Report on sanitation, dispensaries, and jails in Rajputana for 1913, and on vaccination for the year 1913-1914 - 1913-1914
Year: 1913
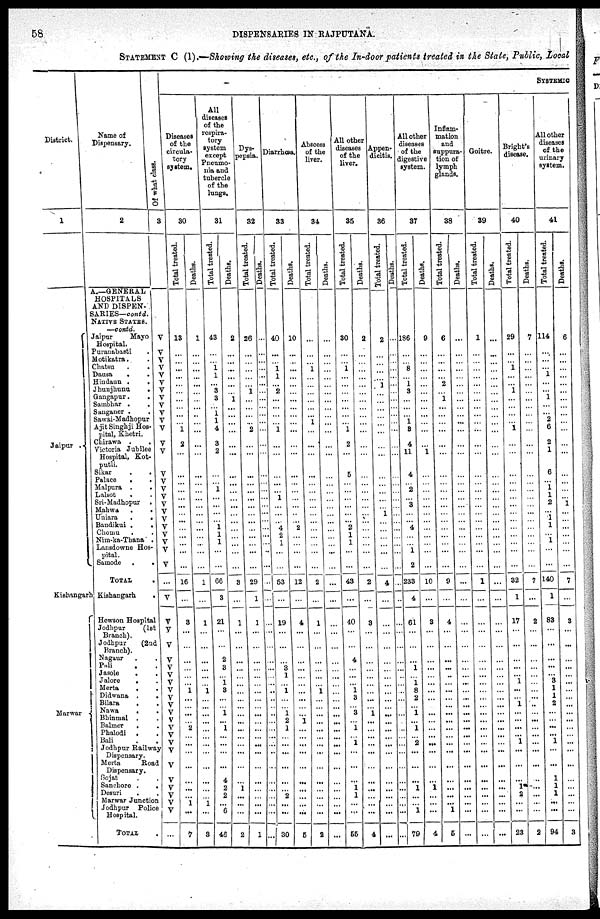
58
DISPENSARIES IN RAJPUTANA.
STATEMENT C (1).—Showing the diseases, etc., of the In-door patients treated in the State, Public, Local
District.
1
Jaipur
Kishangarh
Marwar
Name of
Dispensary.
2
A.—GENERAL
HOSPITALS
AND DISPEN-
SARIES—contd.
NATIVE STATES.
—contd.
Jaipur
Mayo
Hospital.
Puranabasti .
Motikatra. .
Chatsu
.
.
Dausa
. .
Hindaun .
.
Jhunjhunu
.
Gangapur.
.
Sambhar .
.
Sanganer .
.
Sawai-Madhopur
Ajit Singhji Hos-
pital, Khetri.
Chirawa . .
Victoria Jubilee
Hospital, Kot¬
putli.
Sikar . .
Palace
.
.
Malpura . .
Lalsot
. .
Sri-Modhopur .
Mahwa
.
.
Uniara
.
.
Bandikui .
.
Chomu . .
Nim-ka-Thana .
Lonsdowne Hos-
pital.
Samode .
.
TOTAL .
Kishangarh
.
Hewson Hospital
Jodhpur
(1st
Branch).
Jodhpur
(2nd
Branch).
Nagaur . .
Pali . .
Jasole . .
Jalore
. .
Merta . .
Didwana .
.
Bilara
. .
Nawa
.
.
Bhinmal . .
Balmer
. .
Phalodi . .
Bali . .
Jodhpur Railway
Dispensary.
Merta
Road
Dispensary.
Sojat . .
Sanchore .
.
Desuri
. .
Marwar Junction
Jodhpur Police
Hospital.
TOTAL .
Of what class.
3
V
V
V
V
V
V
V
V
V
V
V
V
V
V
V
V
V
V
V
V
V
V
V
V
V
V
...
V
V
V
V
V
V
V
V
V
V
V V
V
V
V
V
V
V
V
V
V
V
V
...
SYSTEMIC
Diseases
of the
circula-
tory
system.
30
Total treated.
13
...
...
...
...
...
...
...
...
...
...
1
2
...
...
...
...
...
...
...
...
...
...
...
...
...
16
...
3
...
...
...
...
...
...
1
...
...
...
...
2
...
...
...
...
...
...
...
...
...
7
Deaths.
1
...
...
...
...
...
...
...
...
...
...
...
...
...
...
...
...
...
...
...
...
...
...
...
...
...
1
...
1
...
...
...
...
...
...
1
...
...
...
...
...
...
...
...
...
...
...
...
1
...
3
All
diseases
of the
respira-
tory
system
except
Pneumo-
nia and
tubercle
of the
lungs.
31
Total treated.
43
...
...
1
1
...
3
3
...
1
1
4
3
2
...
...
1
...
...
...
...
1
1
1
...
...
66
3
21
...
...
2
3
...
1
3
...
...
... 1
1
...
...
...
...
4
2
2
...
6
46
Deaths.
2
...
...
...
...
...
...
1
...
...
...
...
...
...
...
...
...
...
...
...
...
...
...
...
...
...
3
...
1
...
...
...
...
...
...
...
...
...
...
...
...
...
...
...
...
...
1
...
...
...
2
Dys-
pepsia.
32
Total treated.
26
...
...
...
...
...
1
...
...
...
...
2
...
...
...
...
...
...
...
...
...
...
...
...
...
...
29
1
1
...
...
...
...
...
...
...
...
...
...
...
...
...
...
...
...
...
...
...
...
...
1
Deaths.
...
...
...
...
...
...
...
...
...
...
...
...
...
...
...
...
...
...
...
...
...
...
...
...
...
...
...
...
...
...
...
...
...
...
...
...
...
...
...
...
...
...
...
...
...
...
...
...
...
...
...
Diarrhœa.
33
Total treated.
40
...
...
1
1
...
2
...
...
...
...
1
...
...
...
...
...
1 ...
...
...
4
2
1
...
...
53
...
19
...
...
...
3
1
...
1
...
...
... 1
2
1
...
...
...
...
...
2
...
...
30
Deaths.
10
...
...
...
...
...
...
...
...
...
...
...
...
...
...
...
...
...
...
...
...
...
2
...
...
...
12
...
4
...
...
...
...
...
...
...
...
...
...
...
1
...
...
...
...
...
...
...
...
...
5
Abscess
of the
liver.
34
Total treated.
...
...
...
1
...
...
...
...
...
...
...
...
...
...
...
...
...
...
...
...
...
...
...
...
...
...
2
...
1
...
...
...
...
...
...
1
...
...
...
...
...
...
...
...
...
...
...
...
...
...
2
Deaths.
...
...
...
...
...
...
...
...
...
...
...
...
...
...
...
...
...
...
...
...
...
...
...
...
...
...
...
...
...
...
...
...
...
...
...
...
...
...
...
...
...
...
...
...
...
...
...
...
...
...
...
All other
diseases
of the
liver.
35
Total treated.
30
...
...
1
...
...
...
...
...
...
...
1
2
...
5
...
...
...
...
...
...
...
2
1
...
...
43
...
40
...
...
4
...
...
...
1
3
...
3
...
1
...
1
...
...
...
1
1
...
...
55
Deaths.
2
...
...
...
...
...
...
...
...
...
...
...
...
...
...
...
...
...
...
...
...
...
...
...
...
...
2
...
3
...
...
...
...
...
...
...
...
...
1
...
...
...
...
...
...
...
...
...
...
...
4
Appen-
dicitis.
36
Total treated.
2
...
...
...
...
....
1
...
...
...
...
...
...
...
...
...
...
...
...
...
1
...
...
...
...
...
4
...
...
...
...
...
...
...
...
...
...
...
...
...
...
...
...
...
...
...
...
...
...
...
...
Deaths.
...
...
...
...
...
...
...
...
...
...
...
...
...
...
...
...
...
...
...
...
...
...
...
...
...
...
...
...
...
...
...
...
...
...
...
...
...
...
...
...
...
...
...
...
...
...
...
...
...
...
...
All other
diseases
of the
digestive
system.
37
Total treated.
136
...
...
8
...
... 1
3
...
...
...
3
4
11
4
...
...
...
...
3
...
...
4
...
1
2
233
4
61
...
...
...
...
...
1
...
1
8
2 ...
1
...
2
...
...
...
1
...
...
1
79
Deaths.
9
...
...
...
...
...
...
...
...
...
...
...
...
1
...
...
...
...
...
...
...
...
...
...
...
...
10
...
3
...
...
...
...
...
...
...
...
...
...
...
...
...
...
...
...
...
1
...
...
...
4
Inflam-
mation
and
suppura-
tion of
lymph
glands.
38
Total treated.
6
...
...
...
...
...
2
...
1
...
...
...
...
...
...
...
...
...
...
...
...
...
...
...
...
...
9
...
4
...
...
...
...
...
...
...
...
...
...
...
...
...
...
...
...
...
...
...
...
1
5
Deaths.
...
...
...
...
...
...
...
...
...
...
...
...
...
...
...
...
...
...
...
...
...
...
...
...
...
...
...
...
...
...
...
...
...
...
...
...
...
...
...
...
...
...
...
...
...
...
...
...
...
...
...
Goitre.
39
Total treated.
1
...
...
...
...
...
...
...
...
...
...
...
...
...
...
...
...
...
...
...
...
...
...
...
...
...
1
...
...
...
...
...
...
...
...
...
...
...
...
...
...
...
...
...
...
...
Deaths.
...
...
...
...
...
...
...
...
...
...
...
...
...
...
...
...
...
...
...
...
...
...
...
...
...
...
...
...
...
...
...
...
...
...
...
...
...
...
...
...
...
...
...
...
...
...
...
...
...
...
...
Bright's
disease.
40
Total treated.
29
...
...
1
...
...
...
...
...
...
...
1
...
...
...
...
...
...
...
...
...
...
...
...
...
...
32
1
17
...
...
...
...
...
1
...
...
1
...
...
...
...
1
...
...
...
1
2
...
...
23
Deaths.
7
...
...
...
...
...
...
...
...
...
...
...
...
...
...
...
...
...
...
...
...
...
...
...
...
...
7
...
2
...
...
...
...
...
...
...
...
...
...
...
...
...
...
...
...
...
...
...
...
...
2
All other
diseases
of the
urinary
system.
41
Total treated.
114
...
...
...
1
...
...
1
...
...
2
6
2
1
6
...
1
1
2
...
1
1
...
...
...
...
140
1
83
...
...
...
...
...
3
1
1
2
...
...
...
...
1
...
...
1
1
1
...
...
94
Deaths.
6
...
...
...
...
...
...
...
...
...
...
...
...
...
...
...
...
...
1
...
...
...
...
...
...
...
7
...
8
...
...
...
...
...
...
...
...
...
...
...
...
...
...
...
...
...
...
...
...
3